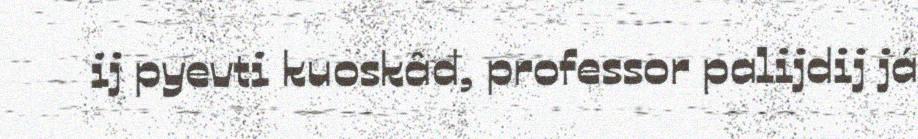
ij pyevti kuoskâđ, professor palijdij já